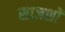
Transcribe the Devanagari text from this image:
साज़शों